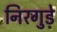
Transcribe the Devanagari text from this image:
निरगुड़े